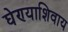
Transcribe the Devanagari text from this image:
घेण्याशिवाय